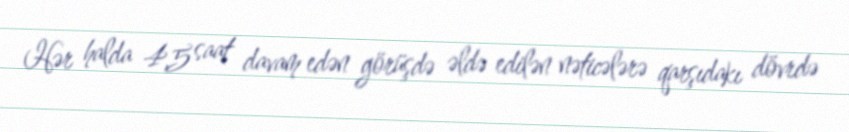
Hər halda 4,5 saat davam edən görüşdə əldə edilən nəticələrə qarşıdakı dövrdə